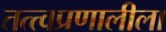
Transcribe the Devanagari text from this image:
तत्त्वप्रणालीला